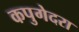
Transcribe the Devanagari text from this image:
कपुगेदरा